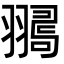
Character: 𦒞